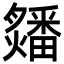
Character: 㸋